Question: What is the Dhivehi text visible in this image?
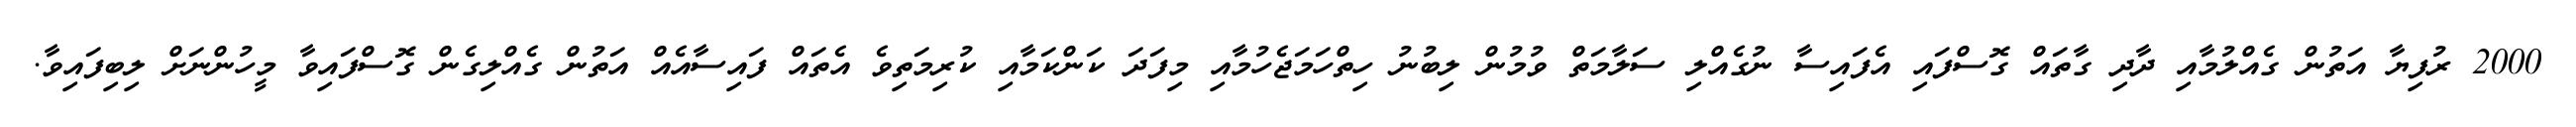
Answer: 2000 ރުފިޔާ އަތުން ގެއްލުމާއި ދާދި ގާތައް ގޮސްފައި އެފައިސާ ނުގެއްލި ސަލާމަތް ވުމުން ލިބުނު ހިތްހަމަޖެހުމާއި މިފަދަ ކަންކަމާއި ކުރިމަތިވެ އެތައް ފައިސާއެއް އަތުން ގެއްލިގެން ގޮސްފައިވާ މީހުންނަށް ލިބިފައިވާ.